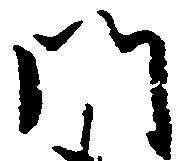
門